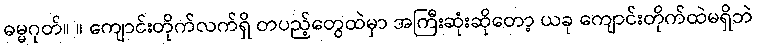
ဓမ္မဂုတ်။ ။ ကျောင်းတိုက်လက်ရှိ တပည့်တွေထဲမှာ အကြီးဆုံးဆိုတော့ ယခု ကျောင်းတိုက်ထဲမရှိဘဲ